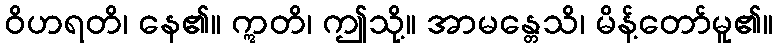
ဝိဟရတိ၊ နေ၏။ ဣတိ၊ ဤသို့။ အာမန္တေသိ၊ မိန့်တော်မူ၏။